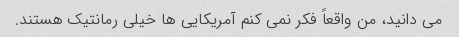
می دانید، من واقعاً فکر نمی کنم آمریکایی ها خیلی رمانتیک هستند.